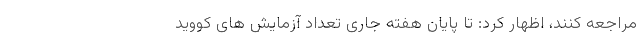
مراجعه کنند، اظهار کرد: تا پایان هفته جاری تعداد آزمایش های کووید